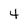
Character: 4